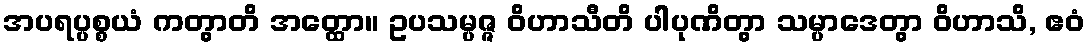
အပရပ္ပစ္စယံ ကတွာတိ အတ္ထော။ ဥပသမ္ပဇ္ဇ ဝိဟာသီတိ ပါပုဏိတွာ သမ္ပာဒေတွာ ဝိဟာသိ, ဧဝံ